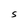
Character: S